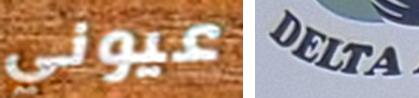
عيوني DELTA